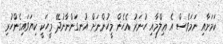
ކަަމަށާއި ނަމަވެސް އެ ޢިލްމާއި ހުނަރު އެހެން މީހުންނަށް އުނގަންނާނުދޭ މީހަކީ ކިޔަވައިގެންހުރި